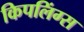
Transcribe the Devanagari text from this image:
किपलिंग्स